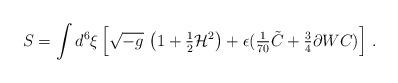
LaTeX: \begin{align*}S = \int d^{6}\xi \left[\sqrt {-g}\ \bigl (1+{\textstyle\frac{1}{2}}{\cal H}^{2}\bigr ) +\epsilon ( {\textstyle\frac{1}{70}}\tilde{C} +{\textstyle\frac{3}{4}} \partial W C) \right]\, .\end{align*}